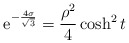
\begin{align*}{\rm e}^{-{4 \sigma \over \sqrt{3}}} = {\rho^2 \over 4} \cosh^2 t\end{align*}